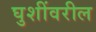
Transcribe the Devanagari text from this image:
घुशींवरील